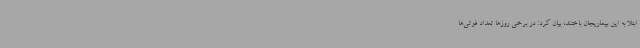
ابتلا به این بیماریجان باختند، بیان کرد: در برخی روزها تعداد فوتی‌ها